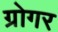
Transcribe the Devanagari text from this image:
ग्रोगर